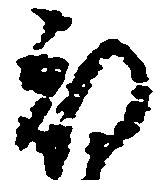
期